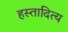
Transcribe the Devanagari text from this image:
हस्तादित्य